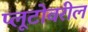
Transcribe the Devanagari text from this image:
प्लूटोवरील